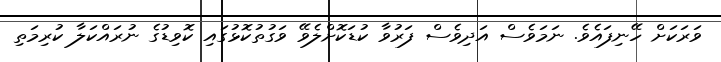
ވަރަކަށް ހޭނިފައެވެ. ނަމަވެސް އަދިވެސް ފަރުވާ ކުޑަކޮށްލެވޭ ވަގުތުކޮޅުގައި ކޮވިޑުގެ ނުރައްކަލާ ކުރިމަތި